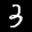
Label: 3